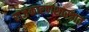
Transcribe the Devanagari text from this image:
राजकारणशास्त्रात